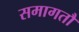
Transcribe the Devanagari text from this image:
समागतौ